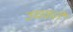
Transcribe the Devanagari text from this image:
उचकते